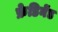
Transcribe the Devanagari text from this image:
फ्रेडिनेंड